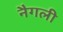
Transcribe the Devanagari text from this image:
नैगली